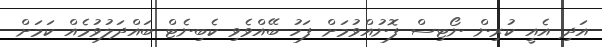
އަދި އެއީ ކުރިން ނޯޓިސް ފޮނުއްވުމަށް ފަހު ބޭއްވެވި ކެބިނެޓް ބައްދަލުވުމެއް ކަމަށް